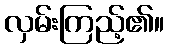
လှမ်းကြည့်၏။